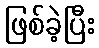
ဖြစ်ခဲ့ပြီး